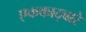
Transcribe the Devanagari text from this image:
एककाद्वारे